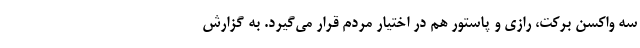
سه واکسن برکت، رازی و پاستور هم در اختیار مردم قرار می‌گیرد. به گزارش